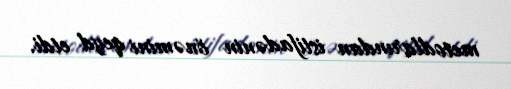
metodlarından istifadənin önəmini qeyd etdi.